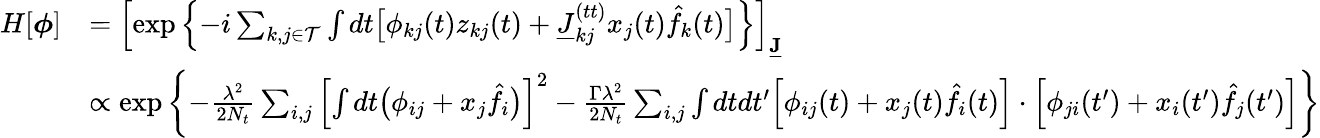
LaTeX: \begin{array}{rl}{H[\boldsymbol{\phi}]}&{=\left[\exp\left\{ -i\sum_{k,j\in\mathcal{T}}\int dt\big[\phi_{kj}(t)z_{kj}(t)+\underline{{J}}_{kj}^{(tt)}x_{j}(t)\hat{f}_{k}(t)\big]\right\} \right]_{\underline{{\mathbf{J}}}}}\\ &{\propto\exp\left\{ -\frac{\lambda^{2}}{2N_{t}}\sum_{i,j}\left[\int dt\big(\phi_{ij}+x_{j}\hat{f}_{i}\big)\right]^{2}-\frac{\Gamma\lambda^{2}}{2N_{t}}\sum_{i,j}\int dtdt^{\prime}\Big[\phi_{ij}(t)+x_{j}(t)\hat{f}_{i}(t)\Big]\cdot\Big[\phi_{ji}(t^{\prime})+x_{i}(t^{\prime})\hat{f}_{j}(t^{\prime})\Big]\right\} }\end{array}